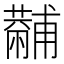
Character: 𧁡